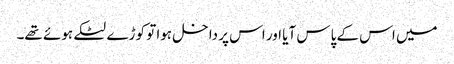
میں اس کے پاس آیا اور اس پر داخل ہوا تو کوڑے لٹکے ہوئے تھے۔